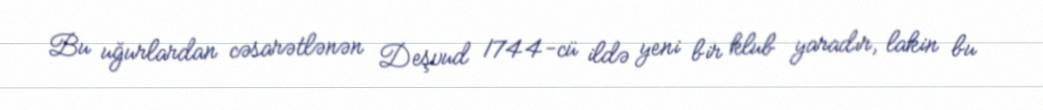
Bu uğurlardan cəsarətlənən Deşvud 1744-cü ildə yeni bir klub yaradır, lakin bu